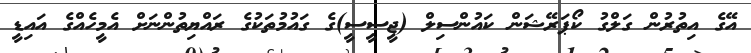
އޭގެ އިތުރުން ގަލްގު ކޯޕަރޭޝަން ކައުންސިލް (ޖީސީސީ)ގެ ގައުމުތަކުގެ ރައްޔިތުންނަށް އެމީހެއްގެ އައިޑީ